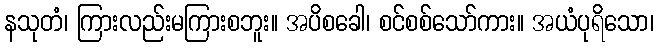
နသုတံ၊ ကြားလည်းမကြားစဘူး။ အပိစခေါ၊ စင်စစ်သော်ကား။ အယံပုရိသော၊